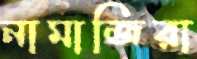
নামাজিরা